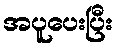
အပူပေးပြီး